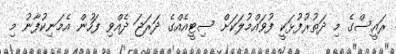
ރައީސްގެ މި ދަތުރުފުޅަކީ ފުވައްމުލަކަށް ސިޓީއެއްގެ ދަރަޖަ ދެއްވި ފަހުން އެމަނިކުފާނު މި